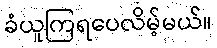
ခံယူကြရပေလိမ့်မယ်။